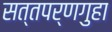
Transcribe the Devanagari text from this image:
सत्तपर्णगुहा